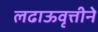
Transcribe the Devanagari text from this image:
लढाऊवृत्तीने